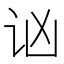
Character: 讻